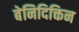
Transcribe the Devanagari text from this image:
बेनिदिक्तिन